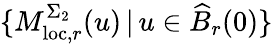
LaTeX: \{ M_{\mathrm{loc},r}^{\Sigma_{2}}(u)\, |\, u\in\widehat{B}_{r}(0)\}